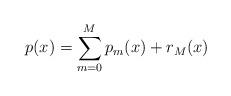
LaTeX: \begin{align*}p(x)=\sum_{m=0}^Mp_m(x)+r_M(x)\end{align*}